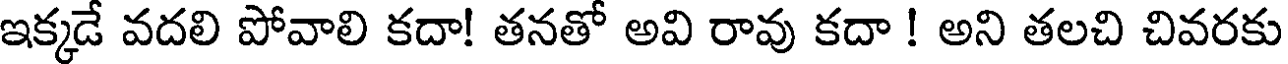
ఇక్కడే వదలి పోవాలి కదా! తనతో అవి రావు కదా ! అని తలచి చివరకు